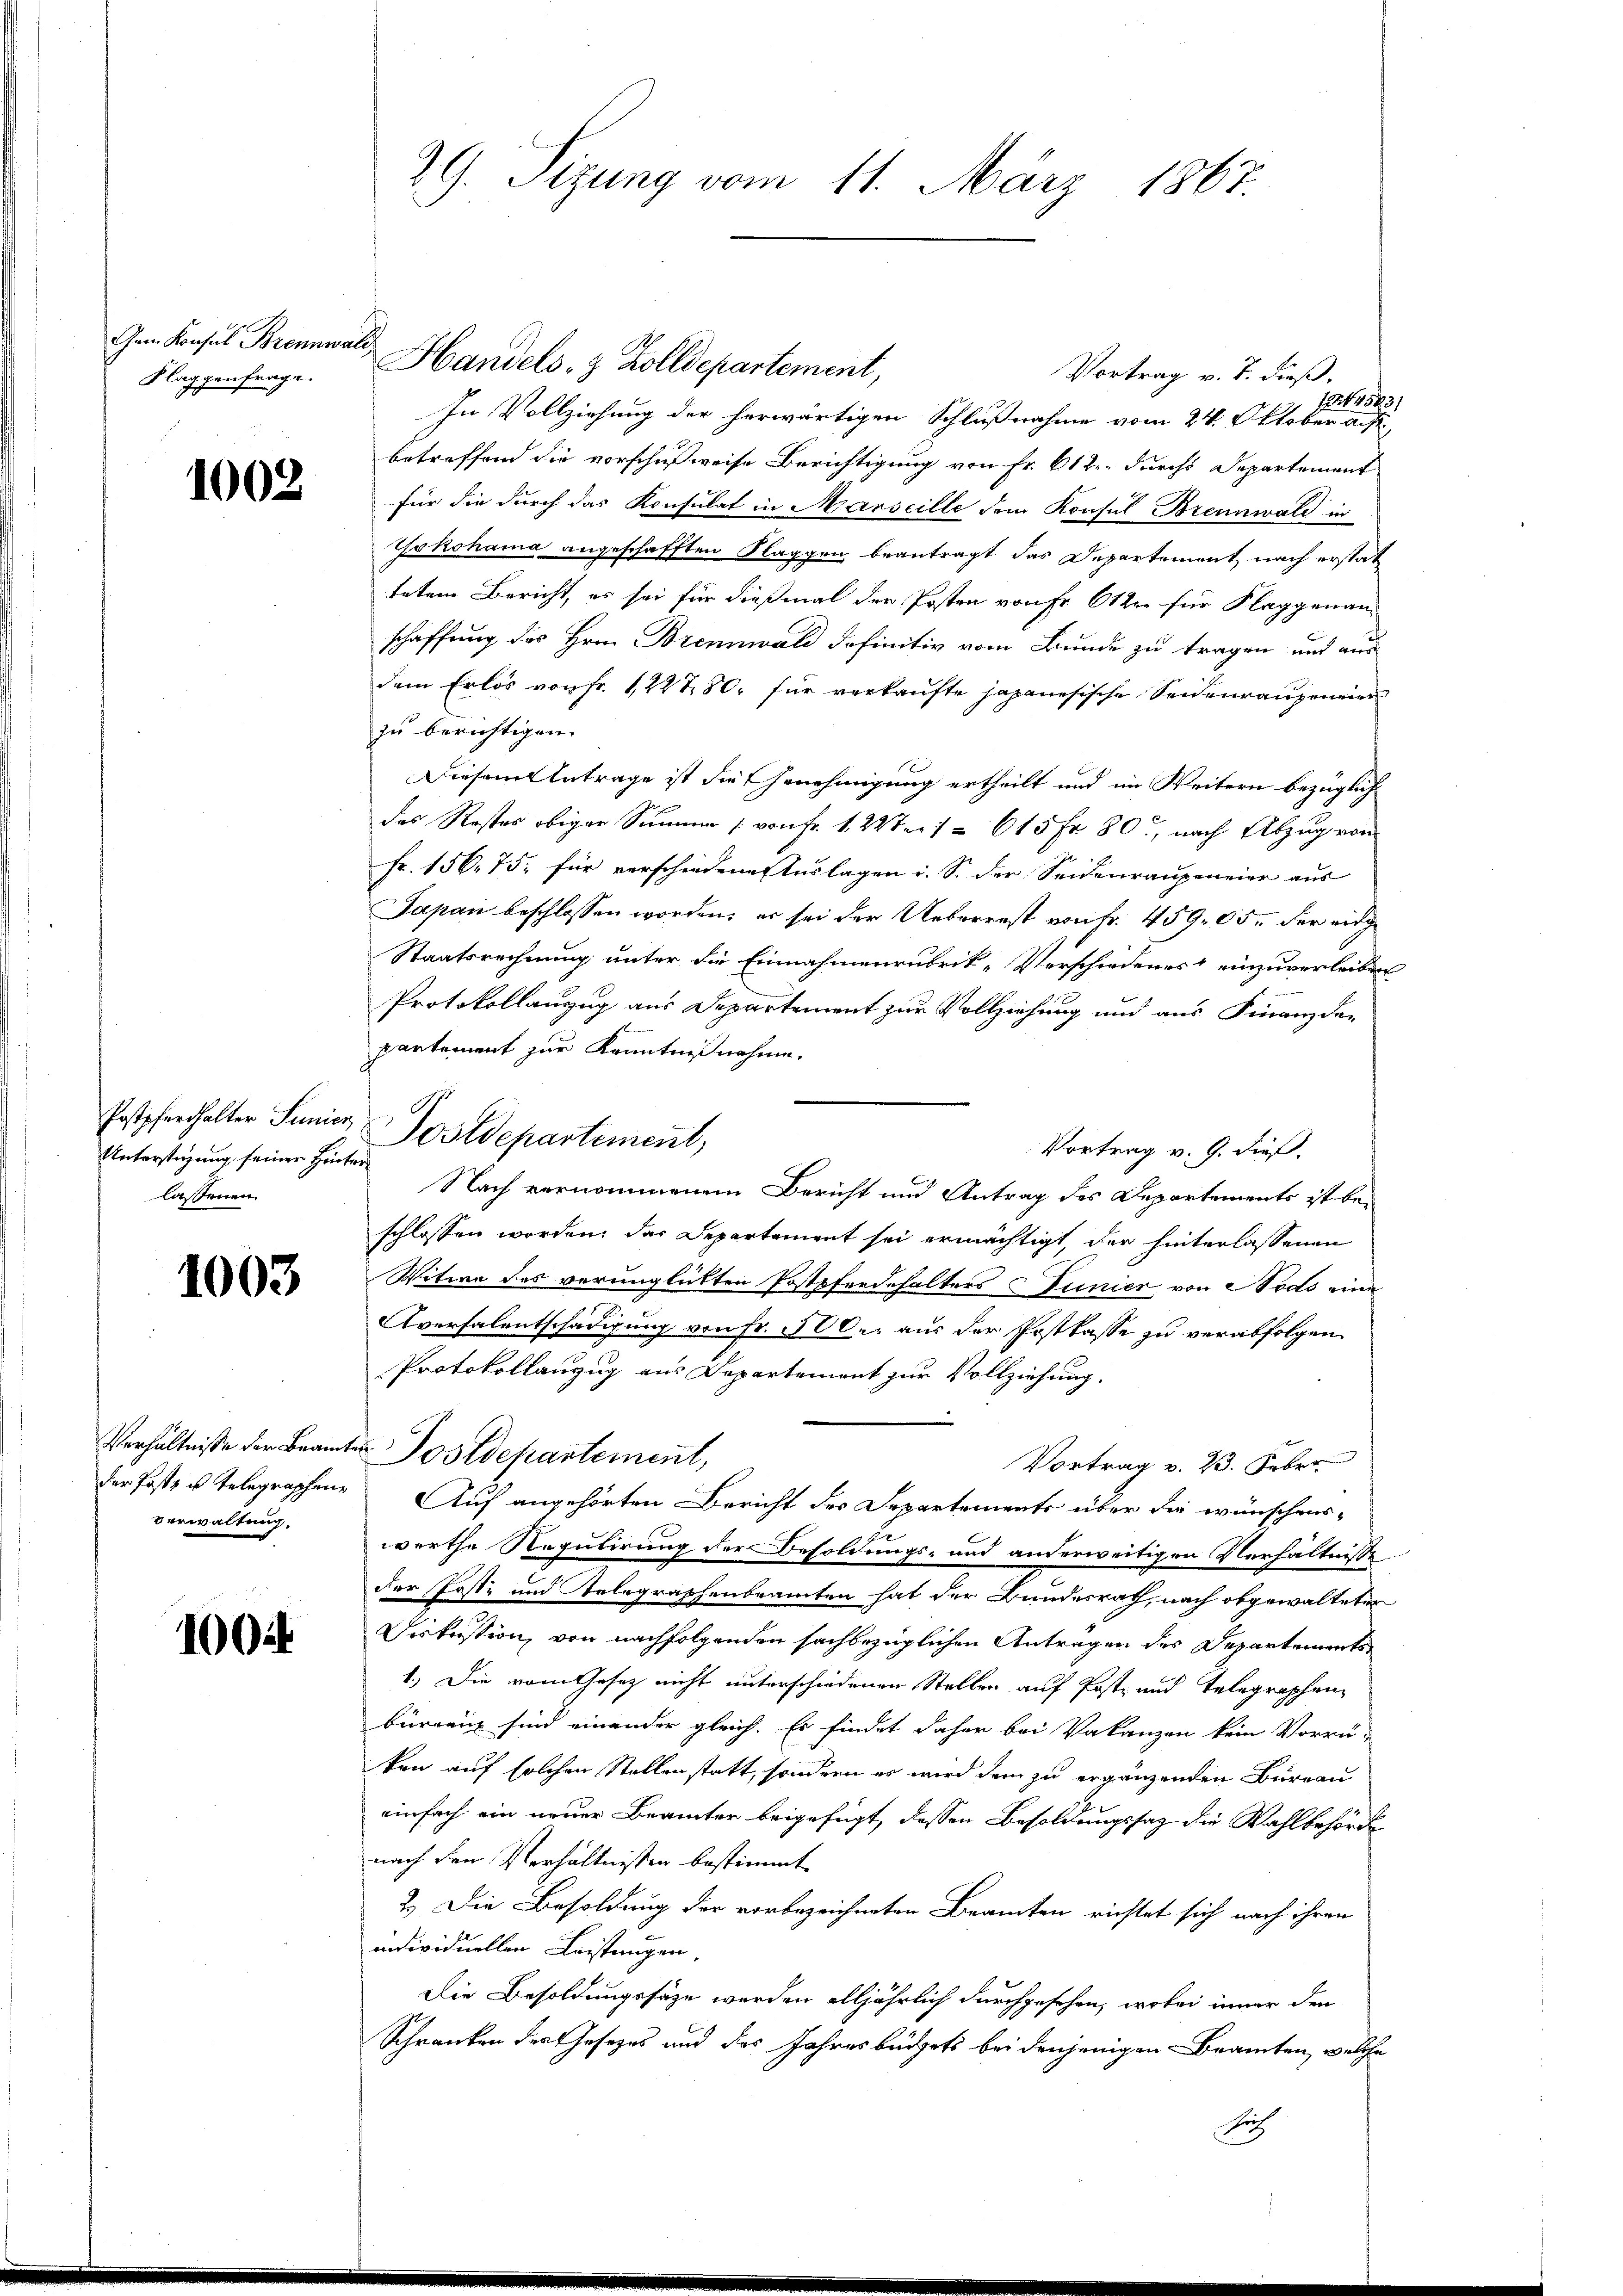
Gam Konsul Brennwald
Flaggenfrage.

1002

Unterstützung seiner Hinterlassenen

1003

Verhältnisse der Beamte
der Postz u. Telegraphene
Verwaltung.

1004

29. Sizung vom 11. März 1867

Handels- & Zolldepartement,
Vortrag v. J. dieß.
111543.
In Vollziehung der herwärtigen Schlußnahme vom 24. Oktober auf
betreffend die vorschußweise Berichtigung von Fr. 612 durchs Departement
für die durch das Konsulat in Marseille dem Konsul Brennwald in
Yokohama angeschafften Klaggen beantragt das Departement nach erstat
tetem Bericht, es sei für dießmal der Posten von Fr. Ottre für Klaggenanschaffung des Hrn. Brennwald definitiv vom Bunde zu tragen und aus
dem Erlös von Fr. 122780. für verkaufte japanesische Seidenraupeneier
zu berichtigen.
Diesem Antrage ist die Genehmigung ertheilt und im Weitern bezüglich
J
des Restes obiger Summe [von Fr. 1. 22ten 1 § 615 Fr. 80, nach Abzug vom
Fr. 156. 75, für verschiedene Auslagen i. S. der Seidenraupeneier aus
Japan beschlossen worden; er sei der Ueberrest von Fr. 459. 05. der eidge
Staatsrechnung unter die Einnahmenrubrik-Verschiedenes einzuverleiben
Protokollanzug aus Departement zur Vollziehung und aus Finanzde-
partement zur Kenntnißnahme.
Vortrag v. 9. dieß.
Nach vernommenem Bericht und Antrag des Departements ist be-
schlossen worden, das Departement sei ermächtigt, der hinterlassenen
Witwe des verunglickten Postpferdehalters Junier von Todts eine
Aversalentschädigung von Fr. 500. aus der Postkasse zu verabfolgen
Protokollanzug aus Departement zur Vollziehung.
u Postdepartement,
Vortrag v. 23. Feber
Auf angehörten Bericht des Departements über die wünschens-
werthe Regulirung der Besoldungs- und anderweitigen Verhältnisse
der Posti und Relegraphenbeamten hat der Bundesrath, nach obgewalteten
Diskussion, von nachfolgenden sachbezüglichen Antragen des Departements
1.) Die vom Gesetz nicht unterschiedenen Stellen auf Post- und Telegraphen
bürgen sind einander gleich. Er findet daher bei Vakanzen kein Vorrü-
ken auf solchen Stellenstatt, sondern es wird dem zu ergänzenden Büreau
einfach ein neuer Beamter beigefügt, dessen Besoldungssaz die Wahlbehörde
nach den Verhältnissen bestimmt
2.) Die Besoldung der vorbezeichneten Branten richtet sich nach ihren
individuellen Leistungen.
Die Besoldungssäze werden alljährlich durchgesehen, wobei immer den
Schranken des Gesetzes und des Jahresbüdgets bei denjenigen Beamten, welche
Sach

Postpferhalter Senior Postdepartement,